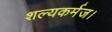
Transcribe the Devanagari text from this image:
शल्यकर्मज।